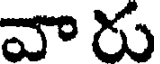
వారు